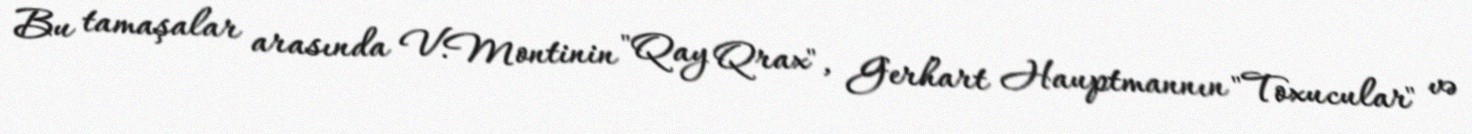
Bu tamaşalar arasında V.Montinin "Qay Qrax", Gerhart Hauptmannın "Toxucular" və